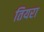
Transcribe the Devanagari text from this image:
तियरा